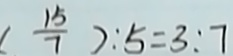
( \frac { 1 5 } { 7 } ) : 5 = 3 : 7